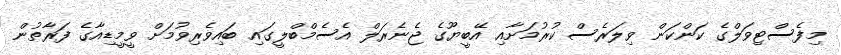
މިފެސްޓިވަލްގެ ކަންކަން ވިލަރެސް ކުރުމަށާއި އޭބީޔޫގެ ޖެނެރަލް އެސެމްބްލީގައި ބައިވެރިވުމަށް ވީމީޑިއާގެ ފަރާތުން